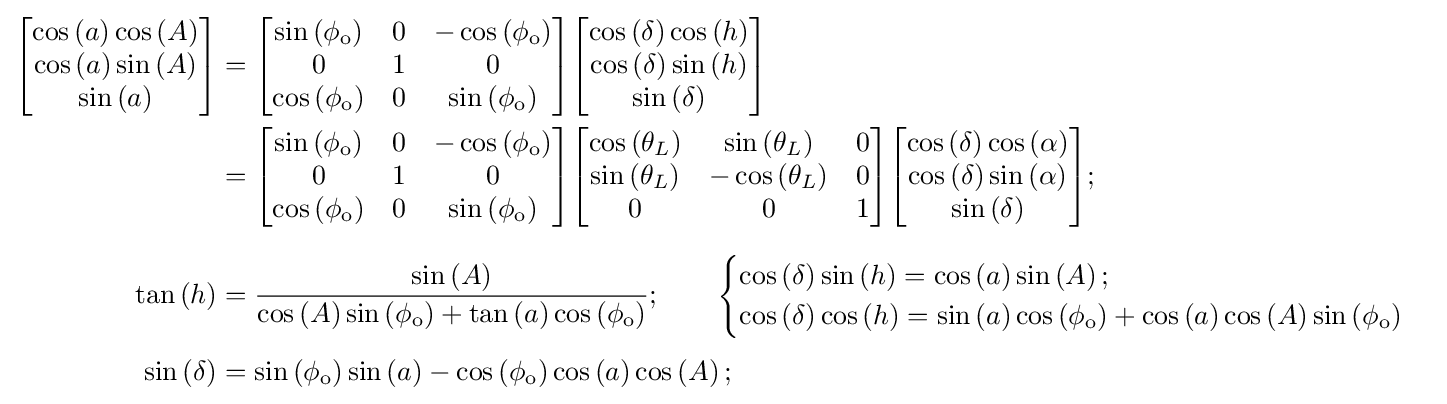
{\begin{aligned}{\begin{bmatrix}\cos \left(a\right)\cos \left(A\right)\\\cos \left(a\right)\sin \left(A\right)\\\sin \left(a\right)\end{bmatrix}}&={\begin{bmatrix}\sin \left(\phi _{\text{o}}\right)&0&-\cos \left(\phi _{\text{o}}\right)\\0&1&0\\\cos \left(\phi _{\text{o}}\right)&0&\sin \left(\phi _{\text{o}}\right)\end{bmatrix}}{\begin{bmatrix}\cos \left(\delta \right)\cos \left(h\right)\\\cos \left(\delta \right)\sin \left(h\right)\\\sin \left(\delta \right)\end{bmatrix}}\\&={\begin{bmatrix}\sin \left(\phi _{\text{o}}\right)&0&-\cos \left(\phi _{\text{o}}\right)\\0&1&0\\\cos \left(\phi _{\text{o}}\right)&0&\sin \left(\phi _{\text{o}}\right)\end{bmatrix}}{\begin{bmatrix}\cos \left(\theta _{L}\right)&\sin \left(\theta _{L}\right)&0\\\sin \left(\theta _{L}\right)&-\cos \left(\theta _{L}\right)&0\\0&0&1\end{bmatrix}}{\begin{bmatrix}\cos \left(\delta \right)\cos \left(\alpha \right)\\\cos \left(\delta \right)\sin \left(\alpha \right)\\\sin \left(\delta \right)\end{bmatrix}};\\[6pt]\tan \left(h\right)&={\sin \left(A\right) \over \cos \left(A\right)\sin \left(\phi _{\text{o}}\right)+\tan \left(a\right)\cos \left(\phi _{\text{o}}\right)};\qquad {\begin{cases}\cos \left(\delta \right)\sin \left(h\right)=\cos \left(a\right)\sin \left(A\right);\\\cos \left(\delta \right)\cos \left(h\right)=\sin \left(a\right)\cos \left(\phi _{\text{o}}\right)+\cos \left(a\right)\cos \left(A\right)\sin \left(\phi _{\text{o}}\right)\end{cases}}\\[3pt]\sin \left(\delta \right)&=\sin \left(\phi _{\text{o}}\right)\sin \left(a\right)-\cos \left(\phi _{\text{o}}\right)\cos \left(a\right)\cos \left(A\right);\end{aligned}}